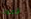
لأموت